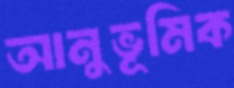
আনুভূমিক